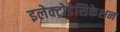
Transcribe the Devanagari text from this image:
इलेक्ट्रोडेसिकेशन